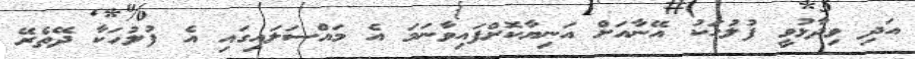
އަދި ވިދާޅުވީ ފުލުހަކު އޭނާއަށް އަނިޔާކޮށްފައިވާނަމަ އެ މައްސަލައިގައި އެ ފުލުހަކާ ދޭތެރޭ